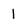
Character: 1